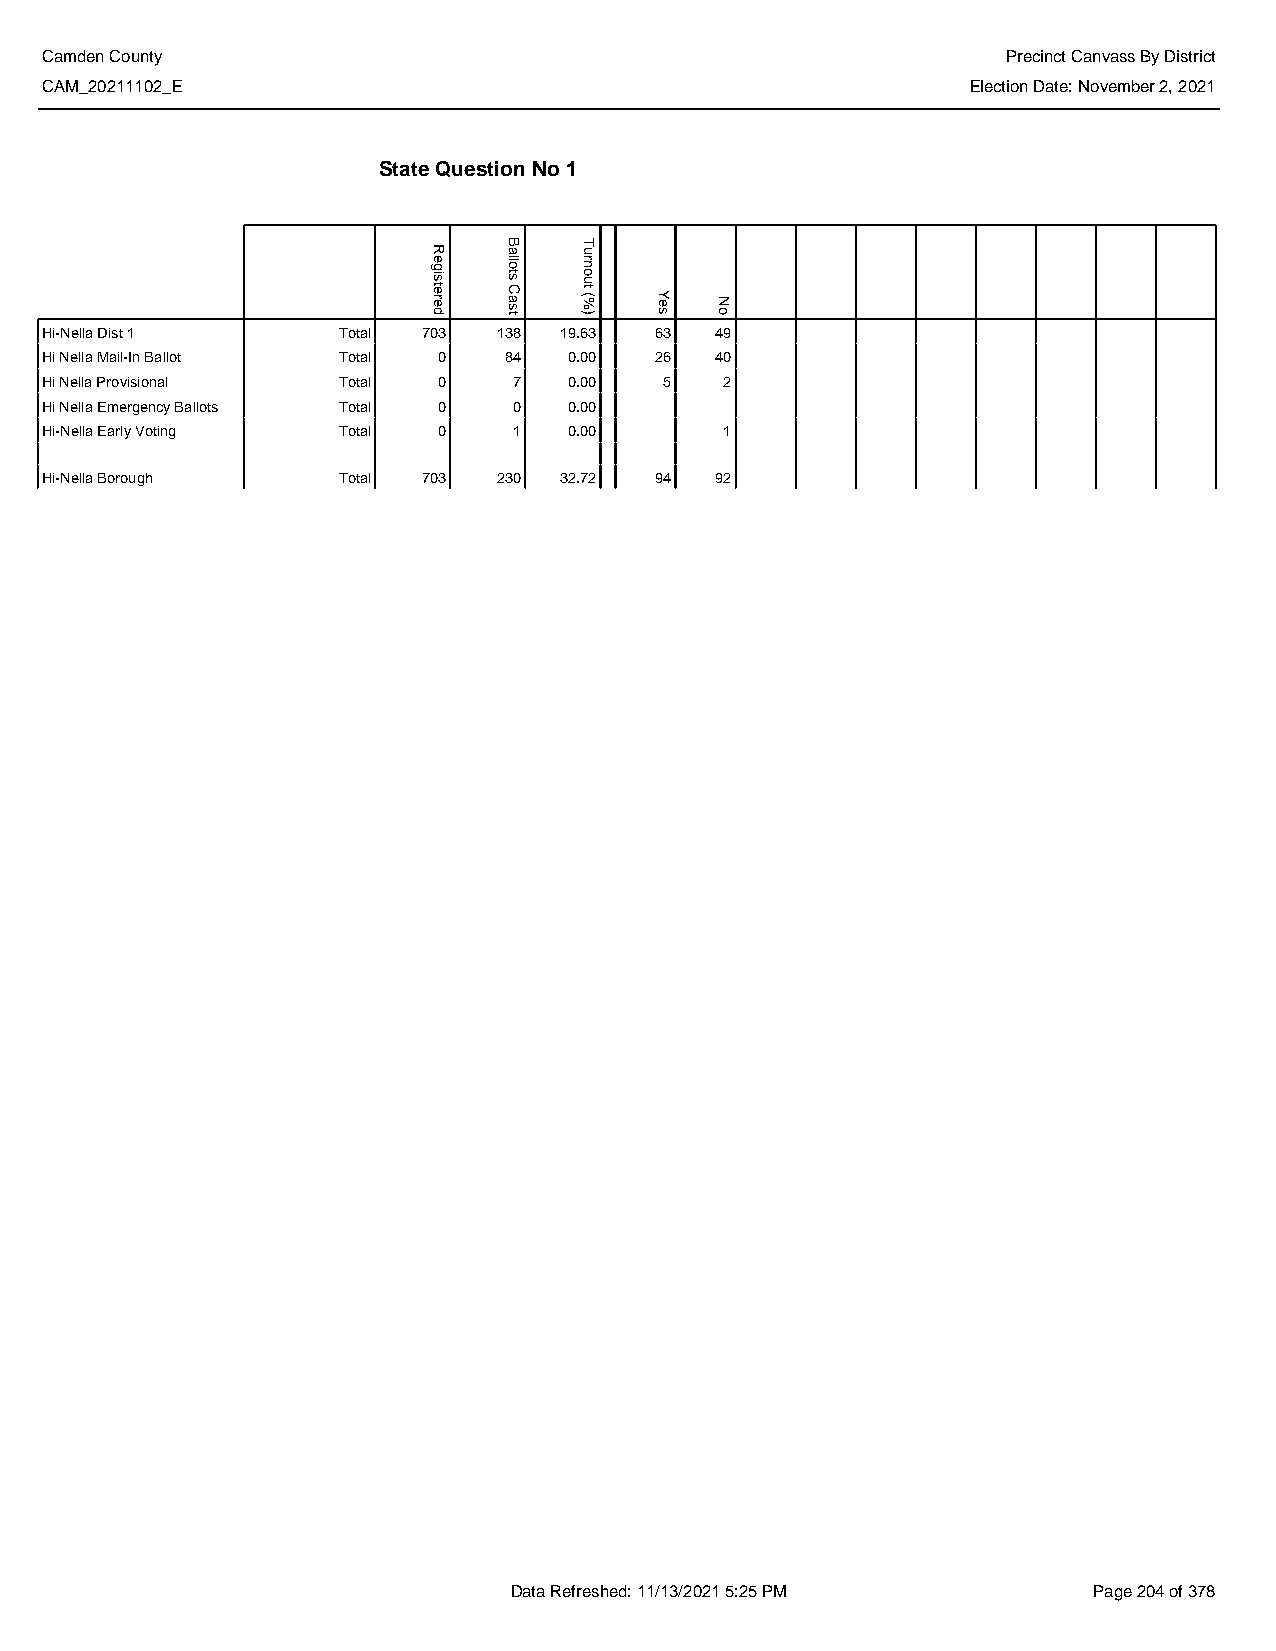
Camden County                                                   Precinct Canvass By District
 CAM_20211102_E                                               Election Date: November 2, 2021
 State Question No 1
 Hi-Nella Dist 1    Total 703  138 19.63 63  49
 Hi Nella Mail-In Ballot Total 0 84 0.00 26  40
 Hi Nella Provisional Total 0   7   0.00  5   2
 Hi Nella Emergency Ballots Total 0 0 0.00
 Hi-Nella Early Voting Total 0  1   0.00      1
 Hi-Nella Borough   Total 703  230 32.72 94  92
 Data Refreshed: 11/13/2021 5:25 PM    Page 204 of 378
 Registered
 Ballots
 Cast
 Turnout
 (%)  Yes No